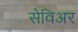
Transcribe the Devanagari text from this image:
सेविअर